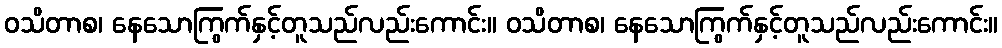
ဝသိတာစ၊ နေသောကြွက်နှင့်တူသည်လည်းကောင်း။ ဝသိတာစ၊ နေသောကြွက်နှင့်တူသည်လည်းကောင်း။